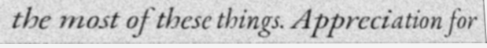
the most of these things. Appreciation for